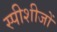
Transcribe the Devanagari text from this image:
स्पीशीजों